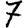
Digit: 7